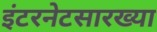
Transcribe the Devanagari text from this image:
इंटरनेटसारख्या